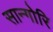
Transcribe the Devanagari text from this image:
सान्गोरि